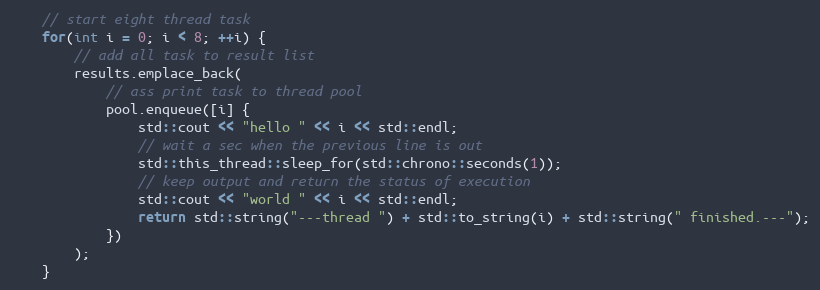
Language: C++
    // start eight thread task
    for(int i = 0; i < 8; ++i) {
        // add all task to result list
        results.emplace_back(
            // ass print task to thread pool
            pool.enqueue([i] {
                std::cout << "hello " << i << std::endl;
                // wait a sec when the previous line is out
                std::this_thread::sleep_for(std::chrono::seconds(1));
                // keep output and return the status of execution
                std::cout << "world " << i << std::endl;
                return std::string("---thread ") + std::to_string(i) + std::string(" finished.---");
            })
        );
    }